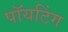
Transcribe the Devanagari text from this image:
पॉयटिंग